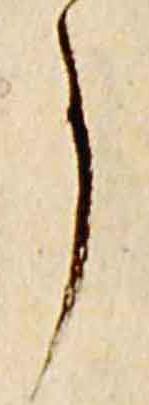
事